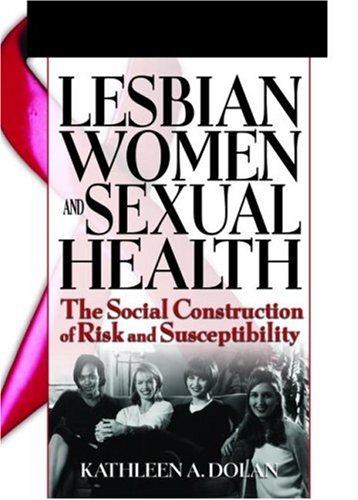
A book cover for Lesbian Women And Sexual Health: The Social Construction Of Risk And Susceptibility (Haworth Psychosocial Issues of HIV/AIDS); Kathleen A. Dolan; Health, Fitness & Dieting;